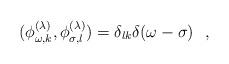
LaTeX: \begin{align*}(\phi^{(\lambda)}_{\omega,k},\phi^{(\lambda)}_{\sigma,l})=\delta_{lk}\delta(\omega-\sigma)~~,\end{align*}